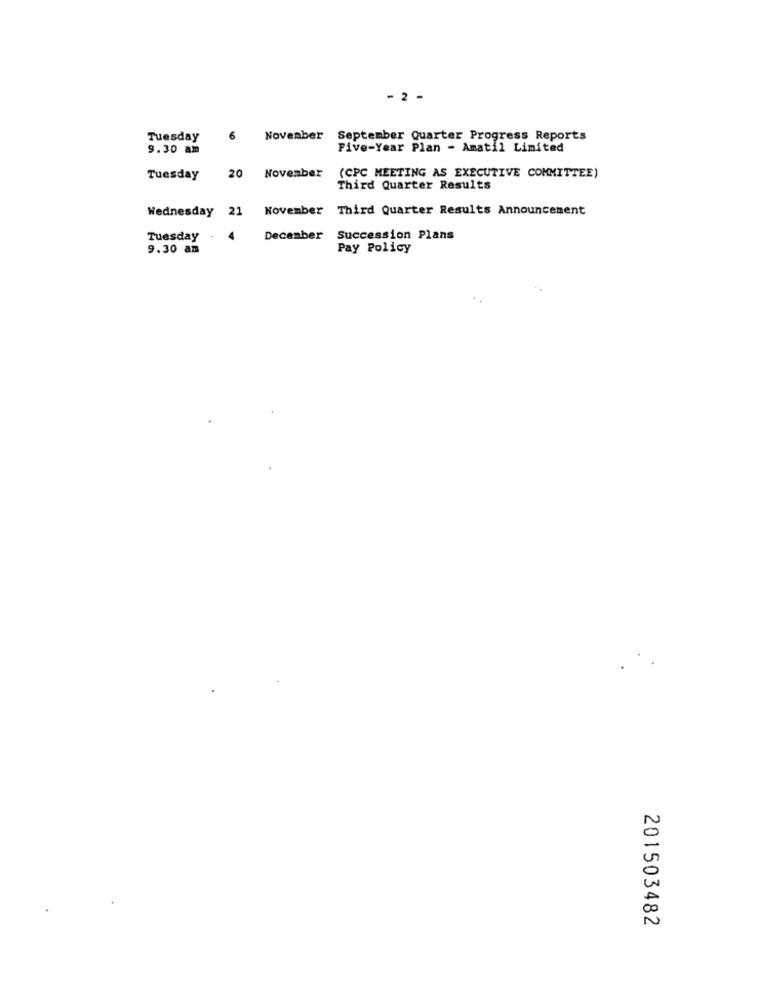
- 2 -
Tuesday
6
November
September Quarter Progress Reports
9.30 am
Five-Year Plan - Amatil Limited
Tuesday
20 November
(CPC MEETING AS EXECUTIVE COMMITTEE)
Third Quarter Results
November Third Quarter Results Announcement
Wednesday 21
Tuesday
4
December
Succession Plans
9.30 am
Pay Policy
201503482